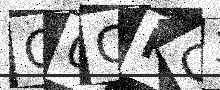
Text: O0CKC3